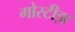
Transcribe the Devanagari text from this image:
गोस्टीझ